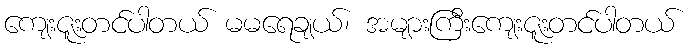
ကျေးဇူးတင်ပါတယ် မမရေချယ်၊ အများကြီးကျေးဇူးတင်ပါတယ်